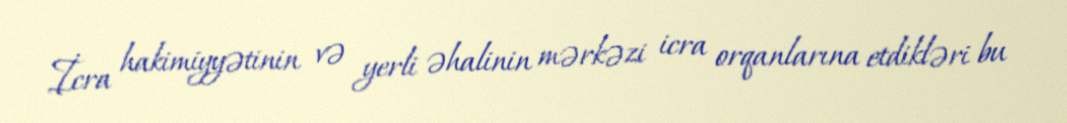
İcra hakimiyyətinin və yerli əhalinin mərkəzi icra orqanlarına etdikləri bu